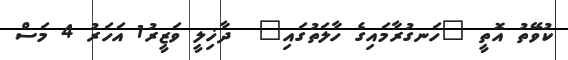
ކުވޭތު އޮތީ "ހަނގުރާމައިގެ ހާލަތުގައި"  ދާޚިލީ ވަޒީރު1 އަހަރު 4 މަސް